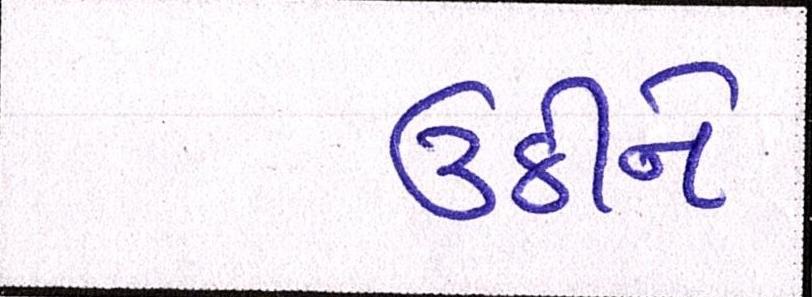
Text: ઉઠીને